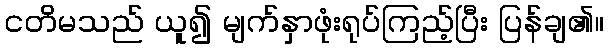
ငတိမသည် ယူ၍ မျက်နှာဖုံးရုပ်ကြည့်ပြီး ပြန်ချ၏။